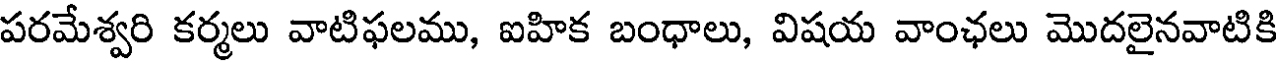
పరమేశ్వరి కర్మలు వాటిఫలము, ఐహిక బంధాలు, విషయ వాంఛలు మొదలైనవాటికి